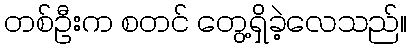
တစ်ဦးက စတင် တွေ့ရှိခဲ့လေသည်။